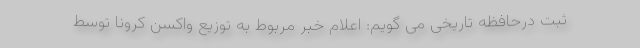
ثبت درحافظه تاریخی می گویم: اعلام خبر مربوط به توزیع واکسن کرونا توسط